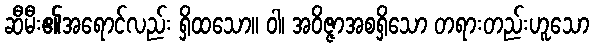
ဆီမီး၏အရောင်လည်း ရှိထသော။ ဝါ၊ အဝိဇ္ဇာအစရှိသော တရားတည်းဟူသော